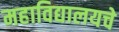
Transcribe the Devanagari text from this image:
महाविद्यालयचे